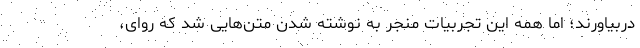
دربیاورند؛ اما همه این تجربیات منجر به نوشته شدن متن‌هایی شد که روای،